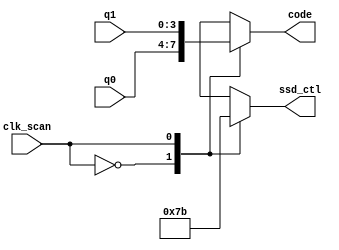
module two_digits_ssd_ctl(
    input clk_scan,
    output [3:0] code,
    output [3:0] ssd_ctl,
    input [3:0] q0,
    input [3:0] q1
    );
    
    reg [3:0] code, ssd_ctl;
    
    always @*
        case(clk_scan)
            1'b0:
            begin
                ssd_ctl = 4'b0111;
                code = q0;
            end
            1'b1:
            begin
                ssd_ctl = 4'b1011;
                code = q1;
            end
            default:
            begin
                ssd_ctl = 4'b1101;
                code = 4'b0000;
            end
        endcase
endmodule